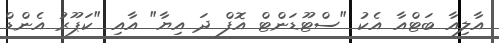
އާލިއާ ބަޓްއާ އެކު "ސްޓޫޑަންޓް އޮފް ދަ އިޔާ" އާއި "ކަޕޫރު އެންޑް